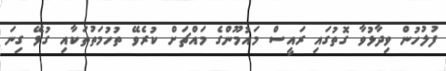
ފުލުހުން ވިދާޅުވާ ގޮތުގައި ރައީސް މައުމޫންގެ މައްޗަށް ކުރެވޭ ތުހުމަތުތަކާއި ގުޅޭ ގިނަ